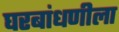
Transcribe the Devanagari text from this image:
घरबांधणीला